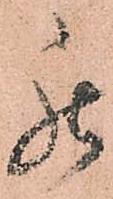
罷